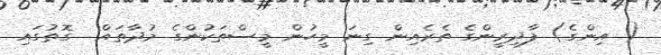
( އިންގެ) ފާދިރީންގެ ތެރެއިން ގިނަ މީހުން މީސްތަކުންގެ މުދާތައް  ގޮތުގައި